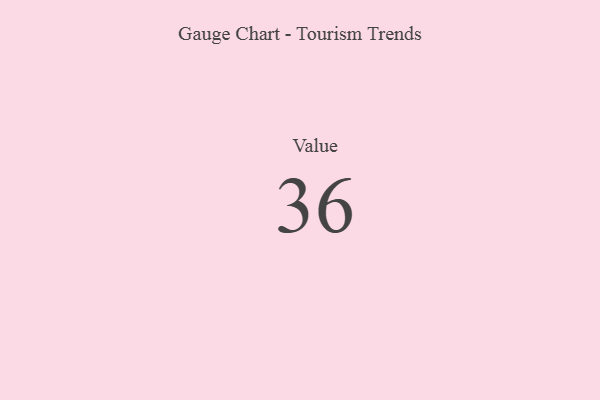
{"axis": {"x": "Metric", "y": "Value"}, "legend": [""], "data": [{"x": "Value", "y": 36, "type": ""}]}